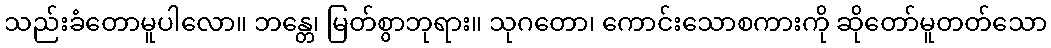
သည်းခံတောမူပါလော။ ဘန္တေ၊ မြတ်စွာဘုရား။ သုဂတော၊ ကောင်းသောစကားကို ဆိုတော်မူတတ်သော